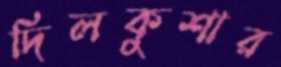
দিলকুশার